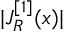
| J _ { R } ^ { [ 1 ] } ( x ) |